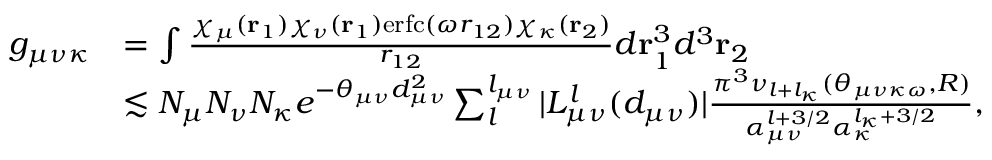
\begin{array} { r l } { g _ { \mu \nu \kappa } } & { = \int \frac { \chi _ { \mu } ( \mathbf { r } _ { 1 } ) \chi _ { \nu } ( \mathbf { r } _ { 1 } ) \mathrm { e r f c } ( \omega r _ { 1 2 } ) \chi _ { \kappa } ( \mathbf { r } _ { 2 } ) } { r _ { 1 2 } } d \mathbf { r } _ { 1 } ^ { 3 } d ^ { 3 } \mathbf { r } _ { 2 } } \\ & { \lesssim N _ { \mu } N _ { \nu } N _ { \kappa } e ^ { - \theta _ { \mu \nu } d _ { \mu \nu } ^ { 2 } } \sum _ { l } ^ { l _ { \mu \nu } } | L _ { \mu \nu } ^ { l } ( d _ { \mu \nu } ) | \frac { \pi ^ { 3 } \nu _ { l + l _ { \kappa } } ( \theta _ { \mu \nu \kappa \omega } , R ) } { \alpha _ { \mu \nu } ^ { l + 3 / 2 } \alpha _ { \kappa } ^ { l _ { \kappa } + 3 / 2 } } , } \end{array}